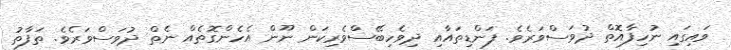
ވައިގައި ނުހިފާއޮތް ދުވަސްވަރެވެ. ފަންޑިތައާއި ދިވެހިބޭސްވެރިކަން ނޫން އެހެންގޮތެއް ނެތް ދުވަސްވަރެވެ. ތަފާތު